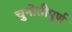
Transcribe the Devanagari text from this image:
चुनोतीपूर्ण